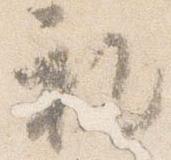
礼